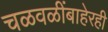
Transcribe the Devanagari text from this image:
चळवळींबाहेरही